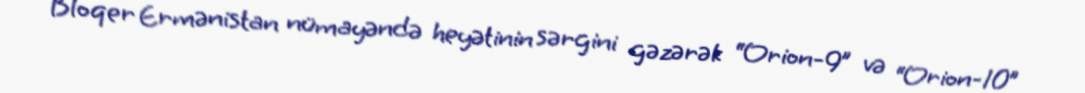
Bloqer Ermənistan nümayəndə heyətinin sərgini gəzərək “Orion-9” və “Orion-10”